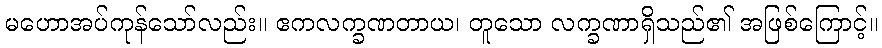
မဟောအပ်ကုန်သော်လည်း။ ဧကလက္ခဏတာယ၊ တူသော လက္ခဏာရှိသည်၏ အဖြစ်ကြောင့်။